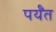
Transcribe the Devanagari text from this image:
पर्यँत